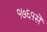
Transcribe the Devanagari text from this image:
१७६१से